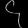
Digit: ၄